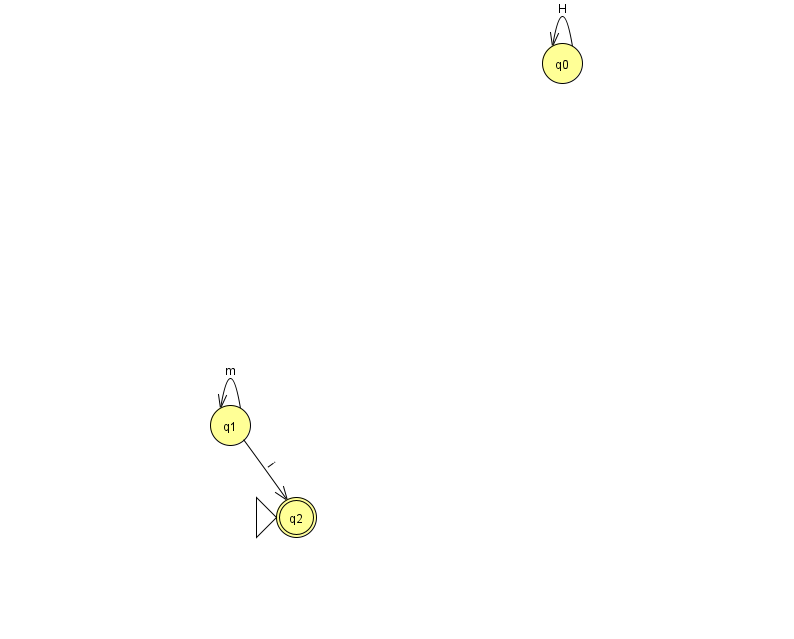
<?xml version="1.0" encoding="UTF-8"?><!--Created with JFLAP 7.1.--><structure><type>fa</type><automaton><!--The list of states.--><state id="0" name="q0"><x>562.0</x><y>50.0</y></state><state id="1" name="q1"><x>230.0</x><y>412.0</y></state><state id="2" name="q2"><x>296.0</x><y>504.0</y><initial/><final/></state><!--The list of transitions.--><transition><from>0</from><to>0</to><read>H</read></transition><transition><from>1</from><to>1</to><read>m</read></transition><transition><from>1</from><to>2</to><read>i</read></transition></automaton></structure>